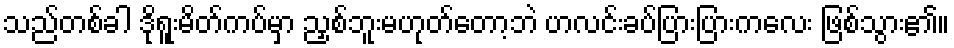
သည်တစ်ခါ ဒိုရူးမိတ်ကပ်မှာ ညှစ်ဘူးမဟုတ်တော့ဘဲ ပာလင်းခပ်ပြားပြားကလေး ဖြစ်သွား၏။